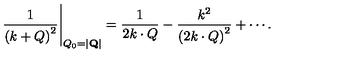
\left. \frac { 1 } { \left( k + Q \right) ^ { 2 } } \right| _ { Q _ { 0 } = | { \bf Q } | } = \frac { 1 } { 2 k \cdot Q } - \frac { k ^ { 2 } } { \left( 2 k \cdot Q \right) ^ { 2 } } + \cdots .